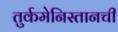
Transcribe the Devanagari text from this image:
तुर्कमेनिस्तानची